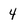
Character: 4